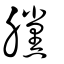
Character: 黱